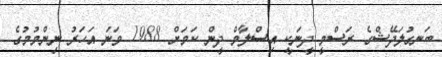
ބަނގުލަދޭޝްގެ ރަސްމީ ދީނަކީ އިސްލާމް ދީން ކަމަށް 1988 ވަނަ އަހަރު ނިންމުމުގެ